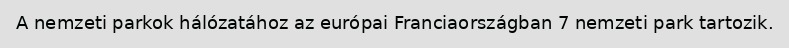
A nemzeti parkok hálózatához az európai Franciaországban 7 nemzeti park tartozik.